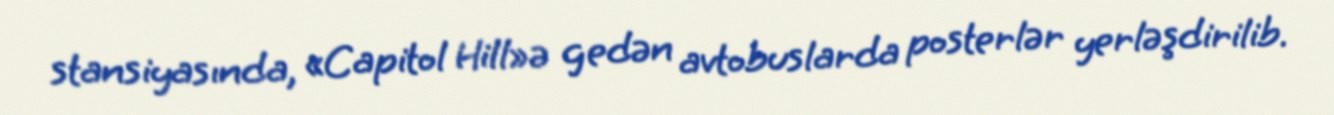
stansiyasında, «Capitol Hill»ə gedən avtobuslarda posterlər yerləşdirilib.